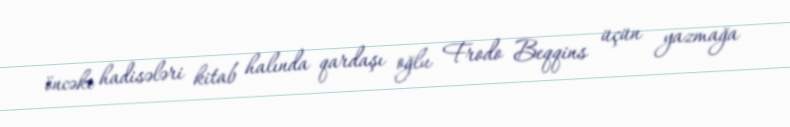
öncəki hadisələri kitab halında qardaşı oğlu Frodo Beqqins üçün yazmağa